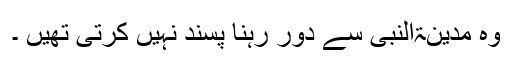
وہ مدینۃالنبی سے دور رہنا پسند نہیں کرتی تھیں ۔